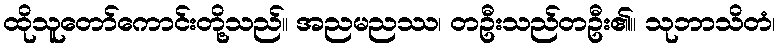
ထိုသူတော်ကောင်းတို့သည်။ အညမညဿ၊ တဦးသည်တဦး၏။ သုဘာသိတံ၊